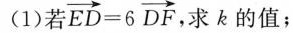
(1)若$$\overrightarrow{ED}=6\overrightarrow{DF}$$,求k的值；